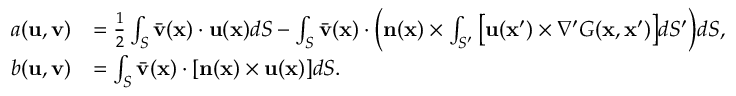
\begin{array} { r l } { a ( \mathbf { u } , \mathbf { v } ) } & { = \frac { 1 } { 2 } \int _ { S } \bar { \mathbf { v } } ( \mathbf { x } ) \cdot \mathbf { u } ( \mathbf { x } ) d S - \int _ { S } \bar { \mathbf { v } } ( \mathbf { x } ) \cdot \bigg ( \mathbf { n } ( \mathbf { x } ) \times \int _ { S ^ { \prime } } \big [ \mathbf { u } ( \mathbf { x } ^ { \prime } ) \times \nabla ^ { \prime } G ( \mathbf { x } , \mathbf { x } ^ { \prime } ) \big ] d S ^ { \prime } \bigg ) d S , } \\ { b ( \mathbf { u } , \mathbf { v } ) } & { = \int _ { S } \bar { \mathbf { v } } ( \mathbf { x } ) \cdot [ \mathbf { n } ( \mathbf { x } ) \times \mathbf { u } ( \mathbf { x } ) ] d S . } \end{array}